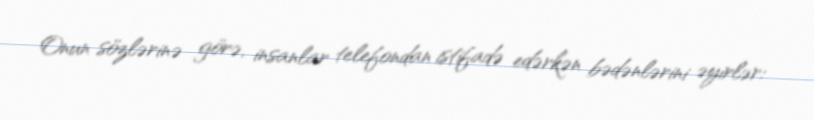
Onun sözlərinə görə, insanlar telefondan istifadə edərkən bədənlərini əyirlər: